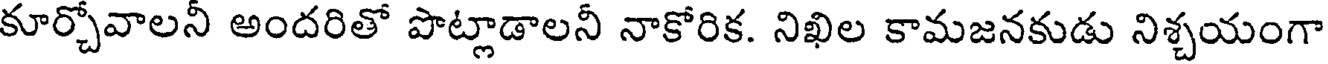
కూర్చోవాలనీ అందరితో పొట్లాడాలనీ నాకోరిక. నిఖిల కామజనకుడు నిశ్చయంగా